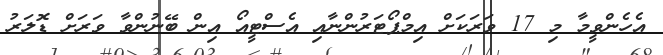
އެހެންވީމާ މި 17 ވަރަކަށް އިމްޕޯޓަރުންނާއި އެސްޓީއޯ އިން ބޭނުންވާ ވަރަށް ޑޮލަރު